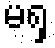
မရှ